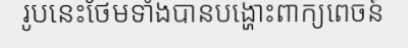
រូបនេះថែមទាំងបានបង្ហោះពាក្យពេចន៍